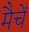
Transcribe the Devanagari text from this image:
मैचें